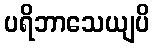
ပရိဘာသေယျပိ